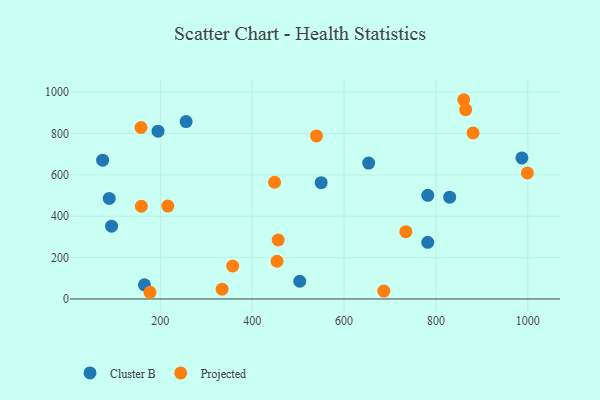
{"axis": {"x": "Ad Spend", "y": "Rating"}, "legend": ["Cluster B", "Projected"], "data": [{"x": "653.5", "y": 656.9, "type": "Cluster B"}, {"x": "782.2", "y": 274.0, "type": "Cluster B"}, {"x": "782.3", "y": 500.9, "type": "Cluster B"}, {"x": "88.7", "y": 486.3, "type": "Cluster B"}, {"x": "503.5", "y": 85.7, "type": "Cluster B"}, {"x": "194.9", "y": 811.1, "type": "Cluster B"}, {"x": "93.8", "y": 351.9, "type": "Cluster B"}, {"x": "550.1", "y": 562.1, "type": "Cluster B"}, {"x": "74.3", "y": 670.9, "type": "Cluster B"}, {"x": "987.2", "y": 681.9, "type": "Cluster B"}, {"x": "165.4", "y": 68.1, "type": "Cluster B"}, {"x": "256.1", "y": 857.6, "type": "Cluster B"}, {"x": "829.9", "y": 492.0, "type": "Cluster B"}, {"x": "216.3", "y": 449.0, "type": "Projected"}, {"x": "157.8", "y": 828.9, "type": "Projected"}, {"x": "880.8", "y": 802.7, "type": "Projected"}, {"x": "734.5", "y": 325.2, "type": "Projected"}, {"x": "686.5", "y": 38.1, "type": "Projected"}, {"x": "334.5", "y": 47.3, "type": "Projected"}, {"x": "448.7", "y": 564.4, "type": "Projected"}, {"x": "158.6", "y": 448.3, "type": "Projected"}, {"x": "864.7", "y": 915.0, "type": "Projected"}, {"x": "177.4", "y": 32.3, "type": "Projected"}, {"x": "357.5", "y": 159.4, "type": "Projected"}, {"x": "456.6", "y": 285.0, "type": "Projected"}, {"x": "454.1", "y": 182.4, "type": "Projected"}, {"x": "539.9", "y": 788.4, "type": "Projected"}, {"x": "860.6", "y": 963.3, "type": "Projected"}, {"x": "999.1", "y": 609.3, "type": "Projected"}]}